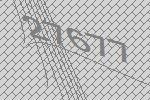
27677